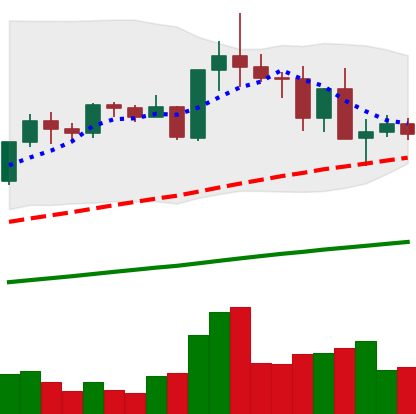
Ticker: TRX-USD
Chart end date: 2021-05-15
Forward return: -25.763%
Label: down_7plus